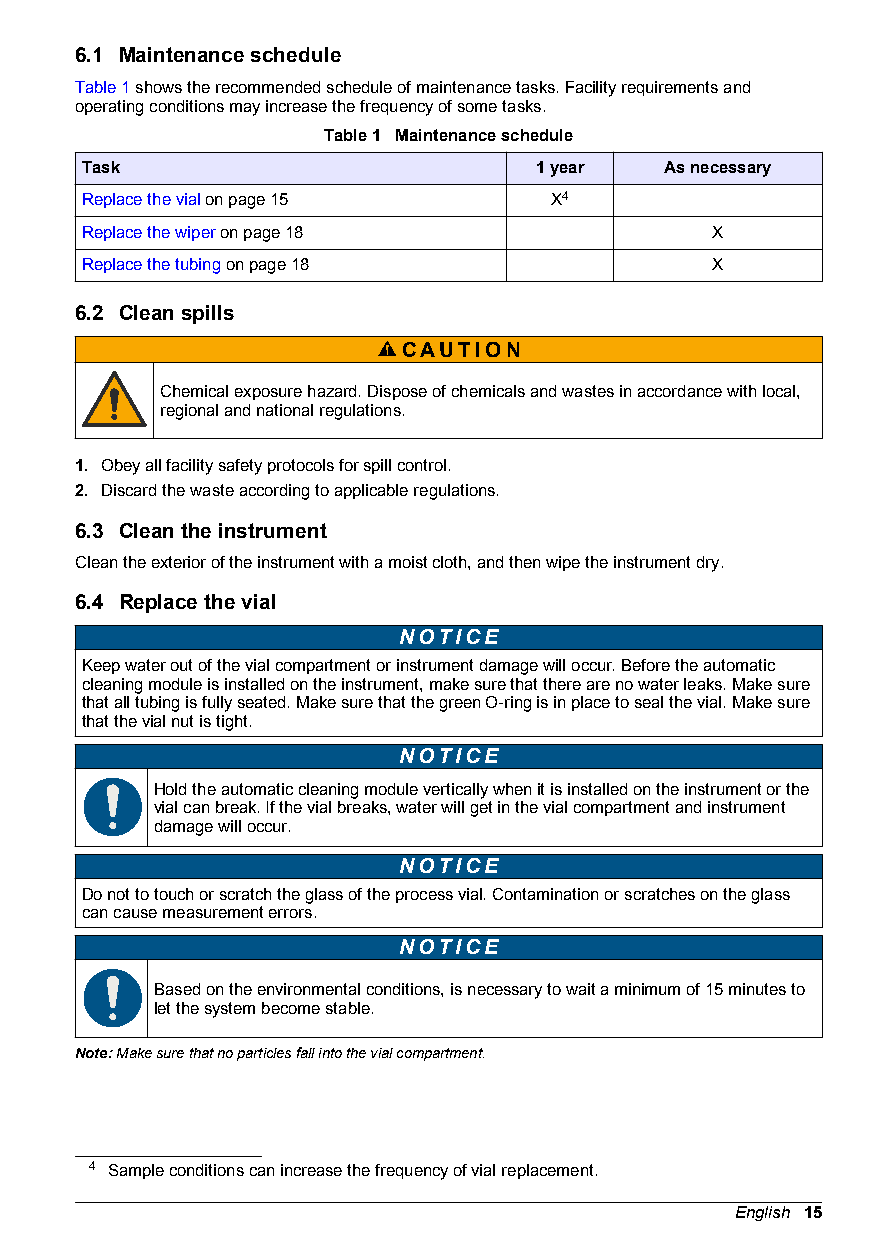
6.1 Maintenance schedule
 Table 1 shows the recommended schedule of maintenance tasks. Facility requirements and
 operating conditions may increase the frequency of some tasks.
 Table 1 Maintenance schedule
 Task                          1 year   As necessary
 Replace the vial on page 15    X4
 Replace the wiper on page 18              X
 Replace the tubing on page 18             X
 6.2 Clean spills
 CAUTION
 Chemical exposure hazard. Dispose of chemicals and wastes in accordance with local,
 regional and national regulations.
 1. Obey all facility safety protocols for spill control.
 2. Discard the waste according to applicable regulations.
 6.3 Clean the instrument
 Clean the exterior of the instrument with a moist cloth, and then wipe the instrument dry.
 6.4 Replace the vial
 NOTICE
 Keep water out of the vial compartment or instrument damage will occur. Before the automatic
 cleaning module is installed on the instrument, make sure that there are no water leaks. Make sure
 that all tubing is fully seated. Make sure that the green O-ring is in place to seal the vial. Make sure
 that the vial nut is tight.
 NOTICE
 Hold the automatic cleaning module vertically when it is installed on the instrument or the
 vial can break. If the vial breaks, water will get in the vial compartment and instrument
 damage will occur.
 NOTICE
 Do not to touch or scratch the glass of the process vial. Contamination or scratches on the glass
 can cause measurement errors.
 NOTICE
 Based on the environmental conditions, is necessary to wait a minimum of 15 minutes to
 let the system become stable.
 Note: Make sure that no particles fall into the vial compartment.
 4 Sample conditions can increase the frequency of vial replacement.
 English 15